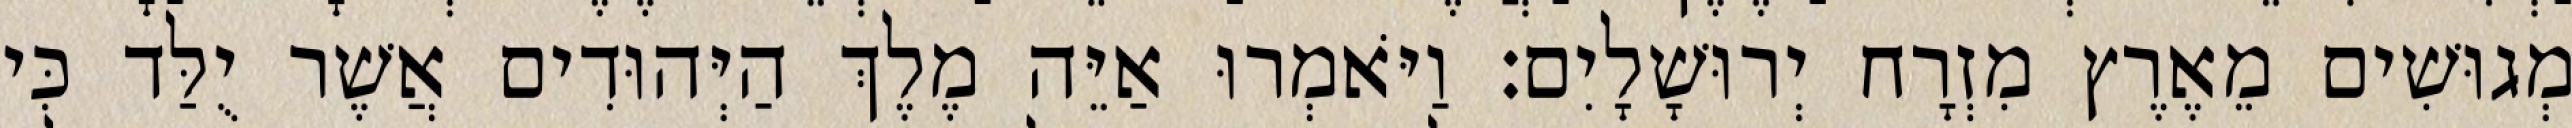
מְגוּשִׁים מֵאֶרֶץ מִזְרָח יְרוּשָׁלָיִם׃ וַיֹּאמְרוּ אַיֵּה מֶלֶךְ הַיְּהוּדִים אֲשֶׁר יֻלַּד כִּי